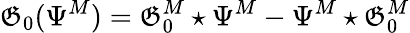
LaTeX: \mathfrak{G}_{0}(\Psi^{M})=\mathfrak{G}_{0}^{M}\star\Psi^{M}-\Psi^{M}\star\mathfrak{G}_{0}^{M}